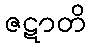
ဇဋာတိ